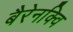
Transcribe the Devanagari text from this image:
बैरेनक्वि